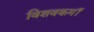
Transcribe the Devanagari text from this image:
विशवकमॉ